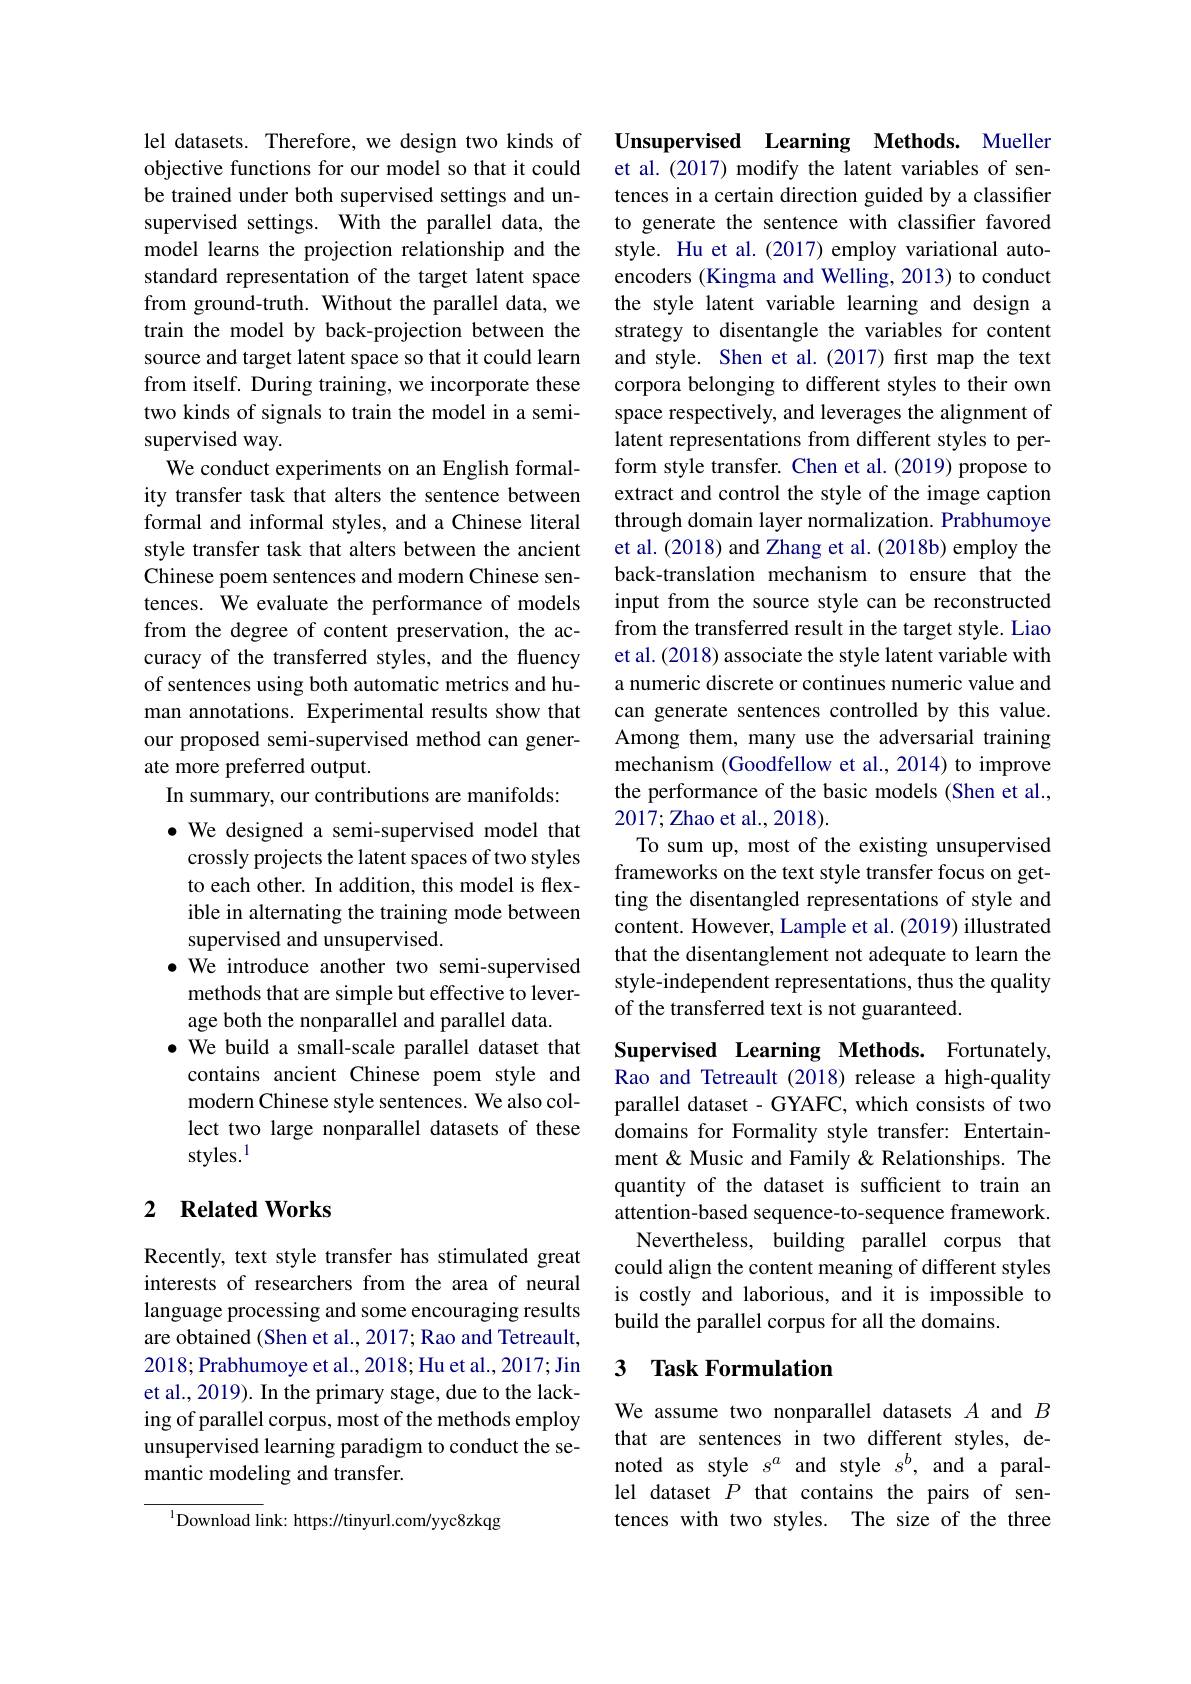
lel datasets. Therefore, we design two kinds of objective functions for our model so that it could be trained under both supervised settings and unsupervised settings. With the parallel data, the model learns the projection relationship and the standard representation of the target latent space from ground-truth. Without the parallel data, we train the model by back-projection between the source and target latent space so that it could learn from itself. During training, we incorporate these two kinds of signals to train the model in a semisupervised way.
We conduct experiments on an English formality transfer task that alters the sentence between formal and informal styles, and a Chinese literal style transfer task that alters between the ancient Chinese poem sentences and modern Chinese sentences. We evaluate the performance of models from the degree of content preservation, the accuracy of the transferred styles, and the fluency of sentences using both automatic metrics and human annotations. Experimental results show that our proposed semi-supervised method can generate more preferred output.
In summary, our contributions are manifolds:
$\bullet$ We designed a semi-supervised model that crossly projects the latent spaces of two styles to each other. In addition, this model is flexible in alternating the training mode between supervised and unsupervised.
$\bullet$ We introduce another two semi-supervised
methods that are simple but effective to lever-
age both the nonparallel and parallel data.
· We build a small-scale parallel dataset that
contains ancient Chinese poem style and modern Chinese style sentences. We also collect two large nonparallel datasets of these styles.$^{1}$

### 2 Related Works

Recently, text style transfer has stimulated great interests of researchers from the area of neural language processing and some encouraging results are obtained (Shen et al., 2017; Rao and Tetreault, 2018;Prabhumoye et al., 2018; Hu et al., 2017; Jin et al., 2019). In the primary stage, due to the lacking of parallel corpus, most of the methods employ unsupervised learning paradigm to conduct the semantic modeling and transfer.

$^{1}$Download link: https://tinyurl.com/yyc8zkqg

Unsupervised Learning Methods. Mueller et al.(2017) modify the latent variables of sentences in a certain direction guided by a classifier to generate the sentence with classifier favored style. Hu et al.(2017) employ variational autoencoders (Kingma and Welling, 2013) to conduct the style latent variable learning and design a strategy to disentangle the variables for content and style. Shen et al.(2017) first map the text corpora belonging to different styles to their own space respectively, and leverages the alignment of latent representations from different styles to perform style transfer. Chen et al.(2019) propose to extract and control the style of the image caption through domain layer normalization. Prabhumoye et al. (2018) and Zhang et al. (2018b) employ the back-translation mechanism to ensure that the input from the source style can be reconstructed from the transferred result in the target style. Liao et al. (2018) associate the style latent variable with a numeric discrete or continues numeric value and can generate sentences controlled by this value. Among them, many use the adversarial training mechanism (Goodfellow et al., 2014) to improve the performance of the basic models (Shen et al., 2017;Zhao et al., 2018).
To sum up, most of the existing unsupervised frameworks on the text style transfer focus on getting the disentangled representations of style and content. However, Lample et al. (2019) illustrated that the disentanglement not adequate to learn the style-independent representations, thus the quality of the transferred text is not guaranteed.
Supervised Learning Methods. Fortunately,

Rao and Tetreault (2018) release a high-quality parallel dataset - GYAFC, which consists of two domains for Formality style transfer: Entertainment & Music and Family & Relationships. The quantity of the dataset is sufficient to train an attention-based sequence-to-sequence framework. Nevertheless, building parallel corpus that
could align the content meaning of different styles is costly and laborious, and it is impossible to build the parallel corpus for all the domains.

### 3 $\textbf{Task Formulation}$

We assume two nonparallel datasets $A$ and $B$ that are sentences in two different styles, denoted as style $s^a$ and style $s^b$, and a parallel dataset $P$ that contains the pairs of sentences with two styles. The size of the three